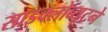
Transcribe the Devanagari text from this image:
साइक्लोब्यूटने